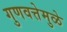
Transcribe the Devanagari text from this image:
गुणवत्तेमुळे